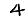
Digit: 4